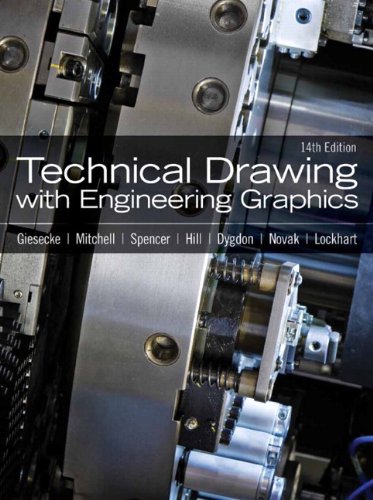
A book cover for Technical Drawing with Engineering Graphics (14th Edition); Frederick E. Giesecke; Engineering & Transportation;